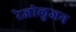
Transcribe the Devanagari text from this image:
रेजोलुजन